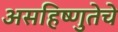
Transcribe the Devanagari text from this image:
असहिष्णुतेचे